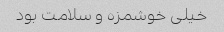
خیلی خوشمزه و سلامت بود